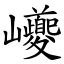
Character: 巙